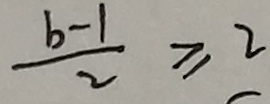
\frac { b - 1 } { 2 } \geq 2